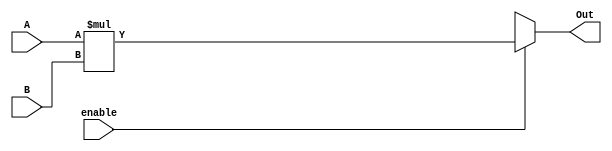
`timescale 1ns / 1ps

module small_mul(
 output reg [7:0] Out,
 input [3:0] A,B,
 input enable
    );
    always @(enable, A,B)
    begin
   
    Out = 8'bxxxxxxxx;
    if(enable)
    Out = A*B;
    end
endmodule